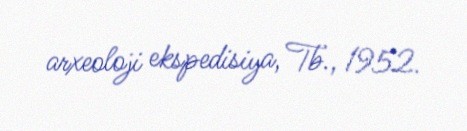
arxeoloji ekspedisiya, Tb., 1952.